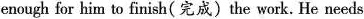
enough for him to finish( 完成)the work. He needs